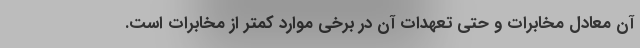
آن معادل مخابرات و حتی تعهدات آن در برخی موارد کمتر از مخابرات است.